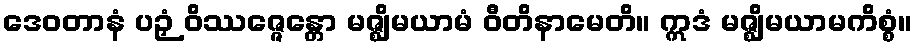
ဒေဝတာနံ ပဉှံ ဝိဿဇ္ဇေန္တော မဇ္ဈိမယာမံ ဝီတိနာမေတိ။ ဣဒံ မဇ္ဈိမယာမကိစ္စံ။